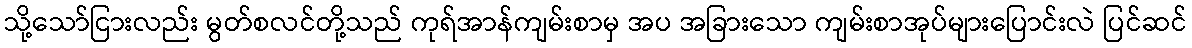
သို့သော်ငြားလည်း မွတ်စလင်တို့သည် ကုရ်အာန်ကျမ်းစာမှ အပ အခြားသော ကျမ်းစာအုပ်များပြောင်းလဲ ပြင်ဆင်